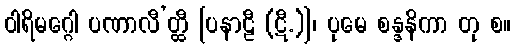
ဝါရိမဂ္ဂေါ ပဏာလီ’တ္ထီ [ပနာဠီ (ဋီ.)]၊ ပုမေ စန္ဒနိကာ တု စ။